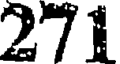
271